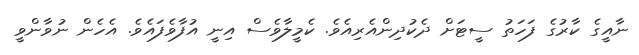
ނާއީގެ ކާރުގެ ފަހަތު ސީޓަށް ދެކުދިންއެރިއެވެ. ކެމީލާވެސް އިނީ އުފާވެފައެވެ. އެހެން ނުވާންވީ